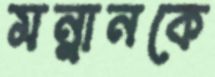
মন্নানকে